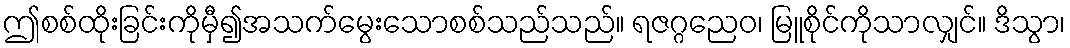
ဤစစ်ထိုးခြင်းကိုမှီ၍အသက်မွေးသောစစ်သည်သည်။ ရဇဂ္ဂညေဝ၊ မြူစိုင်ကိုသာလျှင်။ ဒိသွာ၊